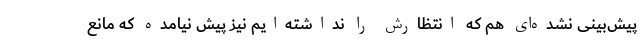
پیش‌بینی نشده‌ای هم که انتظارش را نداشته‌ایم نیز پیش نیامده که مانع